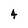
Character: 4